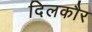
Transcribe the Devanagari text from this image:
दिलकौर